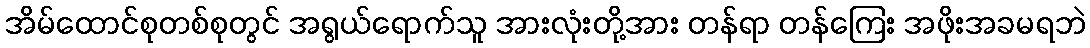
အိမ်ထောင်စုတစ်စုတွင် အရွယ်ရောက်သူ အားလုံးတို့အား တန်ရာ တန်ကြေး အဖိုးအခမရဘဲ